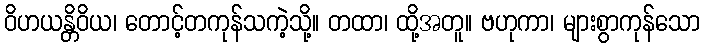
ဝိဟယန္တိဝိယ၊ တောင့်တကုန်သကဲ့သို့။ တထာ၊ ထို့အတူ။ ဗဟုကာ၊ များစွာကုန်သော